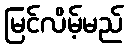
မြင်လိမ့်မည်